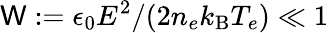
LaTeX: \mathsf{W}:=\epsilon_{0}E^{2}/(2n_{e}k_{\mathrm{{B}}}T_{e})\ll1